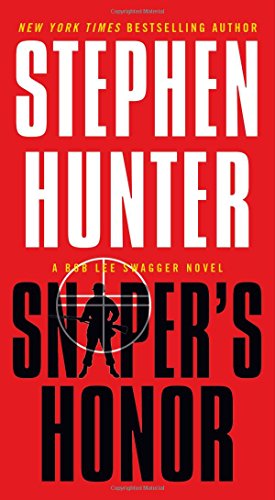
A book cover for Sniper's Honor (Bob Lee Swagger); Stephen Hunter; Mystery, Thriller & Suspense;